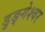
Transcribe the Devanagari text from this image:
डुङ्गेश्वर